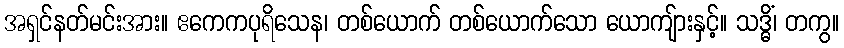
အရှင်နတ်မင်းအား။ ဧကေကပုရိသေန၊ တစ်ယောက် တစ်ယောက်သော ယောကျ်ားနှင့်။ သဒ္ဓိံ၊ တကွ။